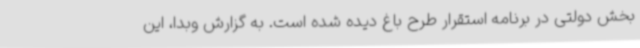
بخش دولتی در برنامه استقرار طرح باغ دیده شده است. به گزارش وبدا، این